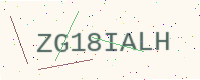
Text: ZG18IALH